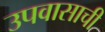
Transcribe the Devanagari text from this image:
उपवासाची